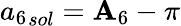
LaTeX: {a_{6}}_{sol}={\mathbf{A}_{6}}-\pi